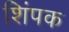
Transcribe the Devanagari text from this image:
शिंपक